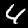
Digit: 4